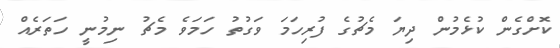
ކޮށްގެން ކުޅެމުން ދިޔަ މެޗުގެ ފުރިހަމަ ވަގުތު ހަމަވެ މެޗު ނިމުނީ ހަތަރެއް